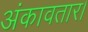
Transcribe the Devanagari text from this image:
अंकावतार।